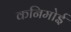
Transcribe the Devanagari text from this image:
कनिमोई